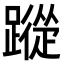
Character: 𮜕